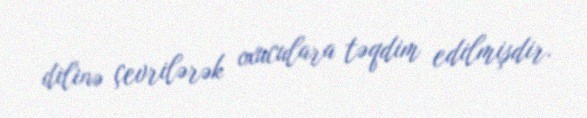
dilinə çevrilərək oxuculara təqdim edilmişdir.